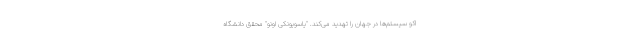
اکو سیستم‌ها در جهان را تهدید می‌کند. "یاسویونکی اونو" محقق دانشگاه